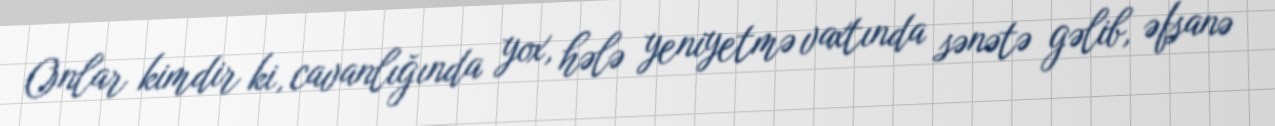
Onlar kimdir ki, cavanlığında yox, hələ yeniyetmə vaxtında sənətə gəlib, əfsanə